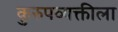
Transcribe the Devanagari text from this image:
कुरुपव्यक्तीला